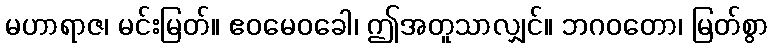
မဟာရာဇ၊ မင်းမြတ်။ ဧဝမေဝခေါ၊ ဤအတူသာလျှင်။ ဘဂဝတော၊ မြတ်စွာ